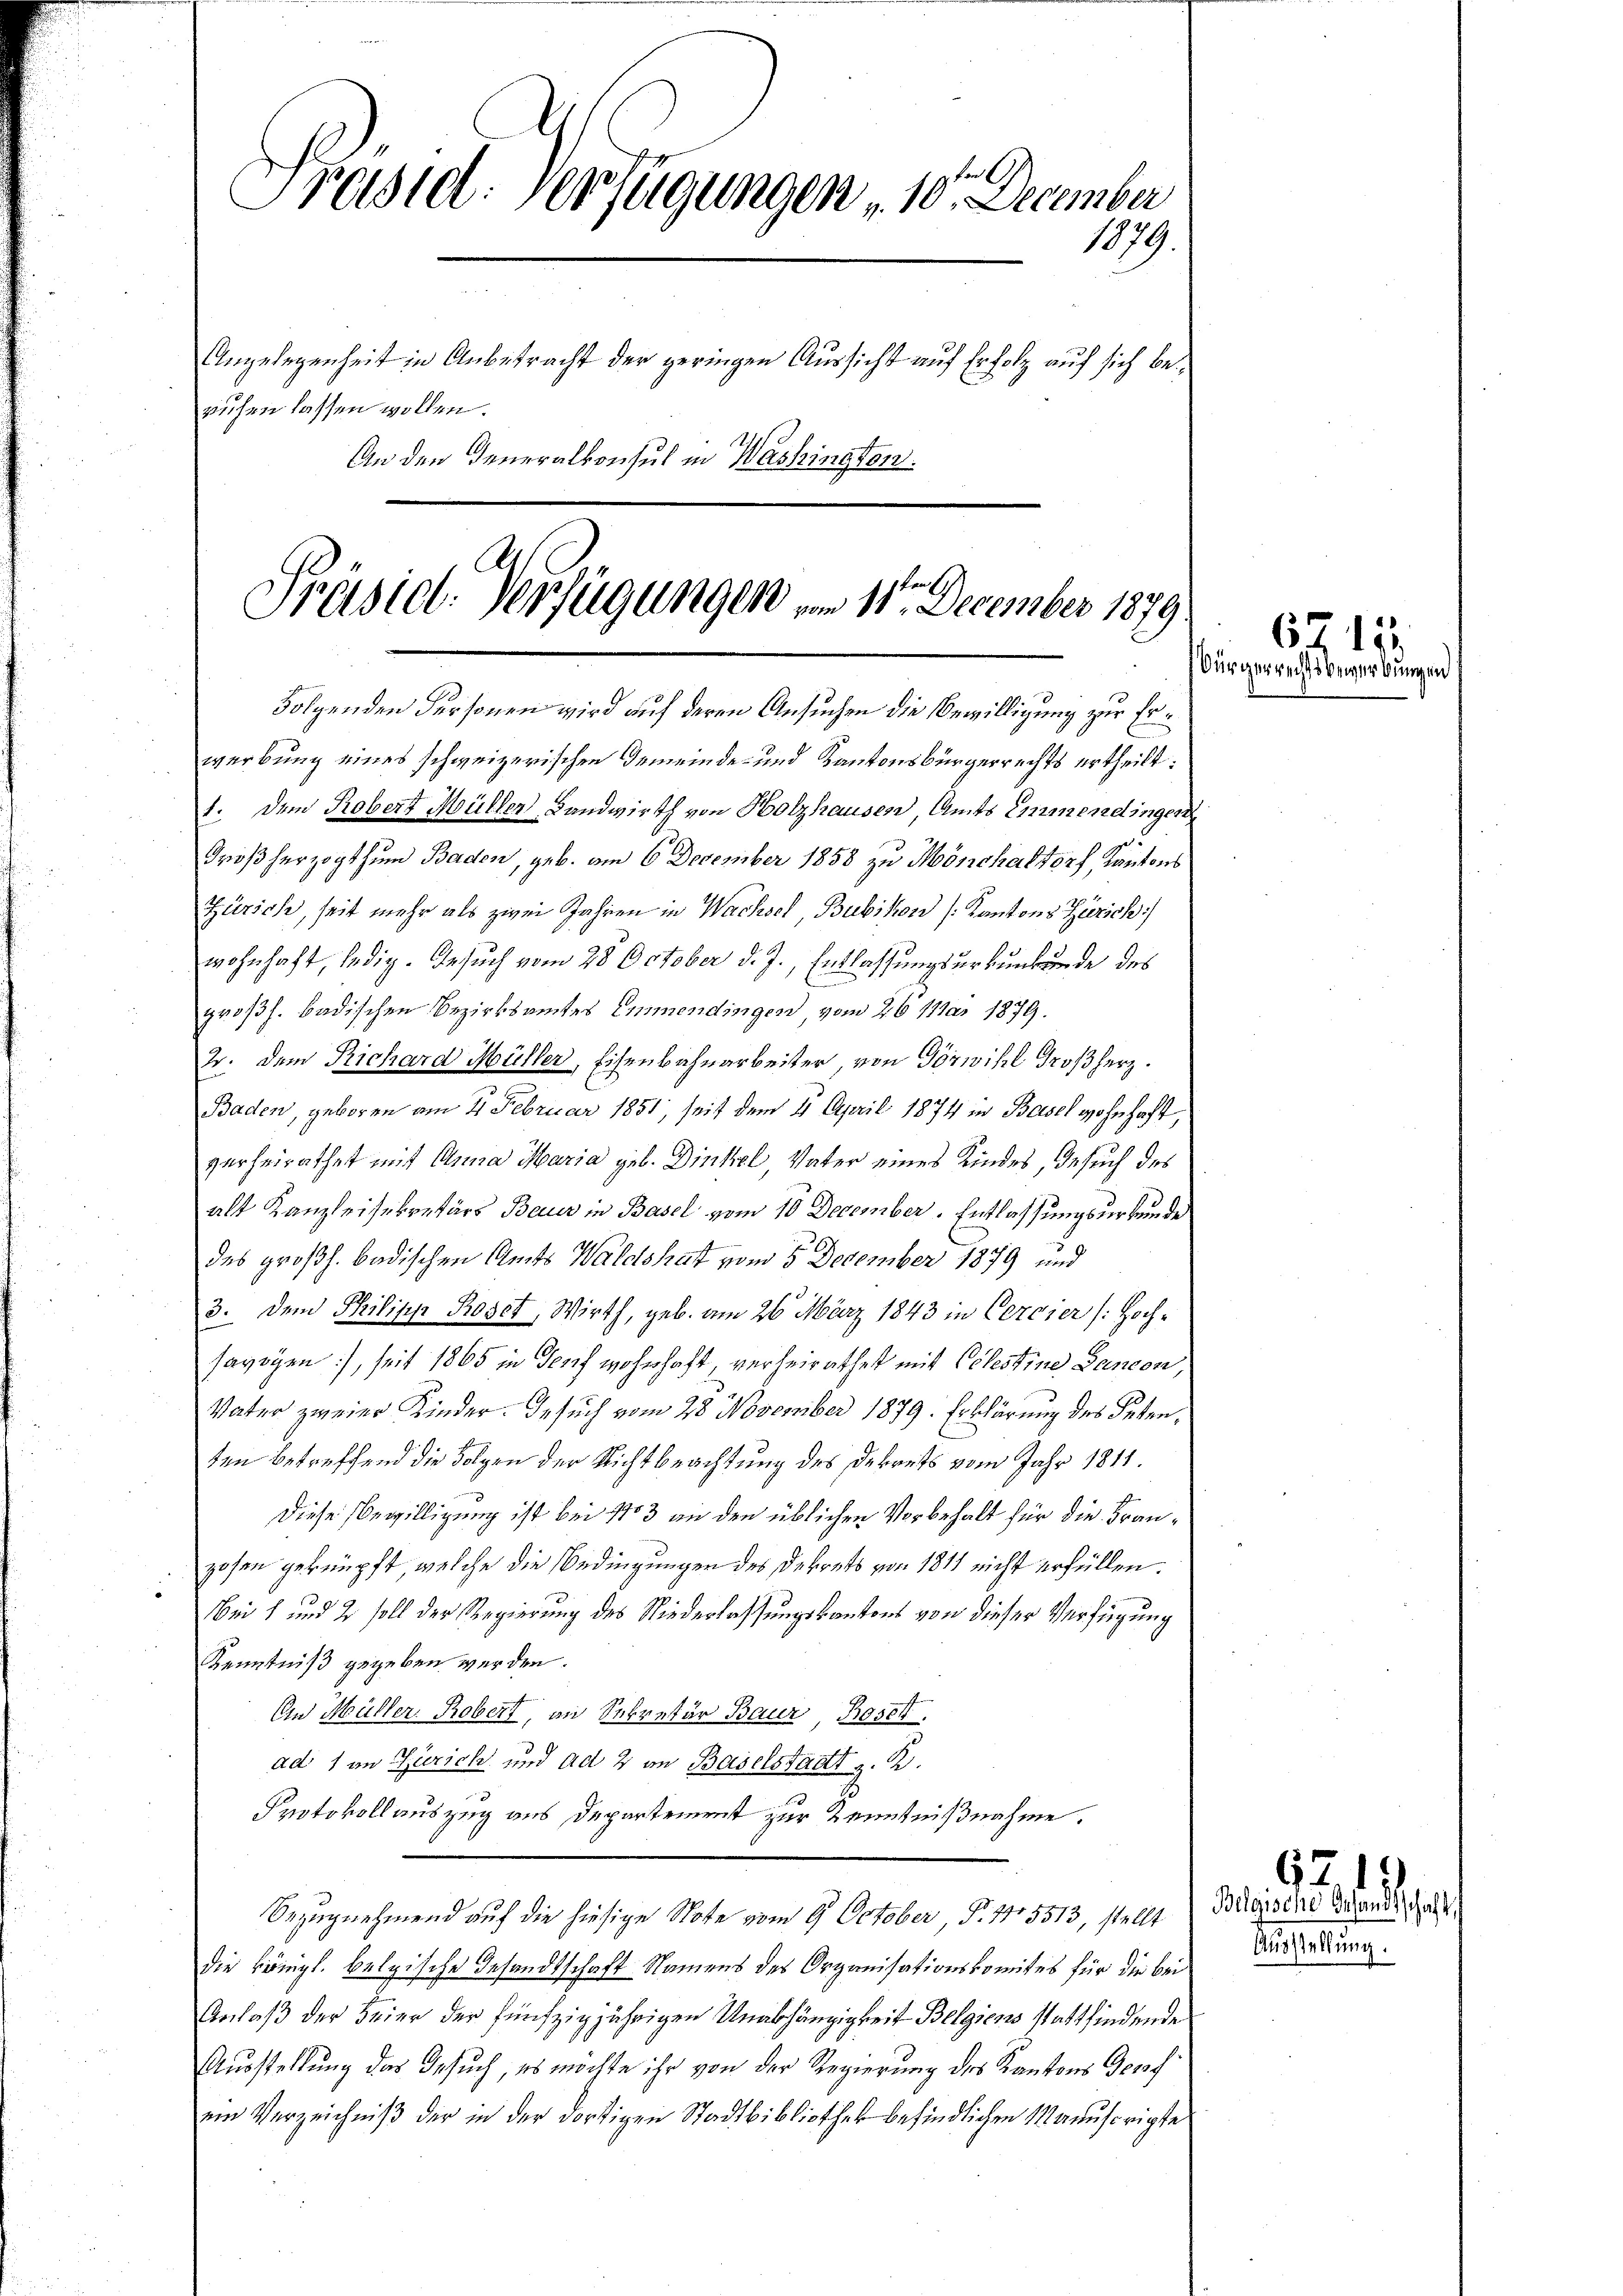
Prastet. Verfügungen 10. December
1079.
Angelegenheit in Anbetracht der geringen Aussicht auf Erfolg auf sich beruhen lassen wollen.
An den Generalkonsul in Washington.
Präsid. Verfügungen am 11te December 1879.

1. Dem Robert Müller Landwirth von Holzhausen, Amts Emmendingen
Großherzogthum Baden, geb. am 6 December 1858 zu Mönchaltorf, Kantons

Folgenden Personen wird auf deren Ansuchen die Bewilligung zur Erwerbung eines schweizerischen Gemeinde- und Kantonsbürgerrechts ertheilt:
Zürich, seit mehr als zwei Jahren in Wachsel, Bubikon [Kantons Zürich
wohnhaft, ledig. Besuch vom 28. October d. J., Entlassungsurkunkunde des
großh. badischen Bezirksamtes Emmendingen, vom 26. Mai 1879.
2. dem Richard Müller, Eisenbahnarbeiter, von Görwihl Großherz.
Baden, geboren am 21 Februar 1851, seit dem 4 April 1874 in Basel wohnhaft,
verheirathet mit Anna Maria geb. Dinkel Vater eines Kindes, Gesuch des
alt Kanzleisekretärs Baur in Basel vom 10 December. Entlassungsurkunde
des großh. badischen Amts Waldshaft vom 5. December 1879 und
3. Dem Pilipp Roset, Wirth, geb. am 26. März 1843 in Cercier (: Hochsavoyen, seit 1865 in Genf wohnhaft, verheirathet mit Cölestine Bancon,
Vater zweier Kinder. Gesuch vom 28 November 1879. Erklärung des Peten,
ten betreffend die Folgen der Richtbeachtung des Dekrets vom Jahr 1811.
Diese Bewilligung ist bei 1783 an den üblichen Vorbehalt für die Franzosen geknüpft, welche die Bedingungen des Dekrets von 1811 nicht erfüllen.
ei 1 und 2 soll der Regierung des Niederlassungskantons von dieser Verfügung
Kenntniß gegeben werden.
On Müller, Robert, an Sekretär Baur, Boss
ad. 1 in Zürich und ad 2 an Baselstadt z. B.
Protokoll auszug aus Departement zur Kenntnißnahme.
Bezugnehmend auf die hiesige Note vom 9. October, P. Nr. 5513, stellt
die Königl. belgische Gesandtschaft Namens des Organisationskomites für die bei
Anlaß der Feier der fünfzigjährigen Unabhängigkeit Belgiens stattfindende
Ausstellung das Gesuch, es möchte ihr von der Regierung des Kantons Dorf
ein Verzeichniβ der in der dortigen Stadtbibliothek befindlichen Manuscripte

Bürgerrechtsbewerbun

67. 152.

62. 15
Beleische Gesandtschaft
Ausstellung.